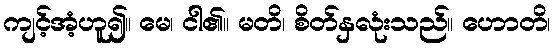
ကျင့်အံ့ဟူ၍။ မေ၊ ငါ၏။ မတိ၊ စိတ်နှလုံးသည်။ ဟောတိ၊